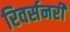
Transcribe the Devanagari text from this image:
रिवर्सनरी